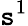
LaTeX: \mathtt{s}^{1}